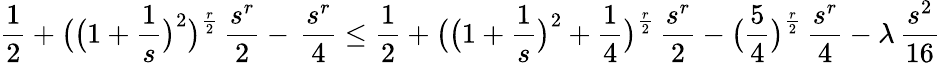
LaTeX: \frac{1}{2}+\bigl(\bigl(1+\frac{1}{s}\bigr)^{2}\bigr)^{\frac{r}{2}}\, \frac{s^{r}}{2}-\, \frac{s^{r}}{4}\le\frac{1}{2}+\bigl(\bigl(1+\frac{1}{s}\bigr)^{2}+\frac{1}{4}\bigr)^{\frac{r}{2}}\, \frac{s^{r}}{2}-\bigl(\frac{5}{4}\bigr)^{\frac{r}{2}}\, \frac{s^{r}}{4}-\lambda\, \frac{s^{2}}{16}